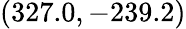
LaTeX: (327.0,-239.2)